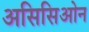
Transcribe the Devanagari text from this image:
असिसिओन